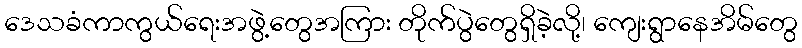
ဒေသခံကာကွယ်ရေးအဖွဲ့တွေအကြား တိုက်ပွဲတွေရှိခဲ့လို့၊ ကျေးရွာနေအိမ်တွေ